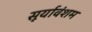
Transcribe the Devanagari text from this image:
सूर्यावंशम